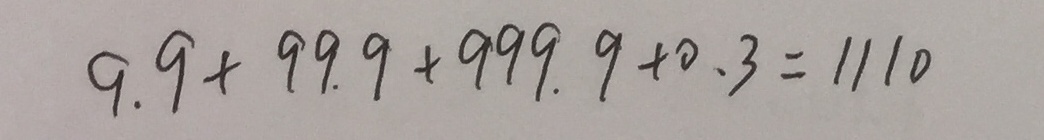
9 . 9 + 9 9 . 9 + 9 9 9 . 9 + 0 . 3 = 1 1 1 0